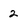
Character: 2